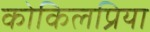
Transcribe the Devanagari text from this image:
कोकिलप्रिया